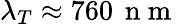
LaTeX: \lambda_{T}\approx 760\, \mathrm{~n~m~}